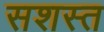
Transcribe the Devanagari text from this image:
सशस्त